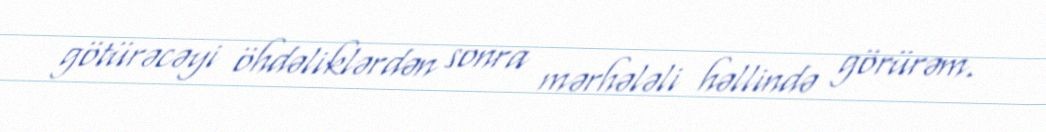
götürəcəyi öhdəliklərdən sonra mərhələli həllində görürəm.